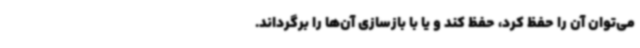
می‌توان آن را حفظ کرد، حفظ کند و یا با بازسازی آن‌ها را برگرداند.